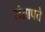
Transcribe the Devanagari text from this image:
संतापते